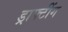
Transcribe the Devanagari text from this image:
ड्राफ्टींग